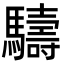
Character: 䮻